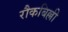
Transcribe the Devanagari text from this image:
रौकबिल्ली